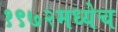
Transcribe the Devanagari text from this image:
१९७२मध्येच